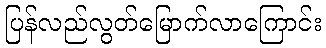
ပြန်လည်လွတ်မြောက်လာကြောင်း